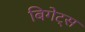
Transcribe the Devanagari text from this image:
बिगेट्स